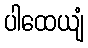
ပါထေယျံ